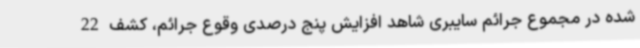
شده در مجموع جرائم سایبری شاهد افزایش پنج درصدی وقوع جرائم، کشف 22